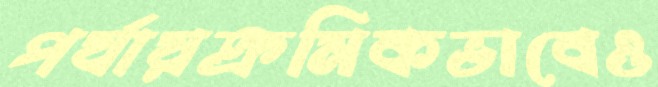
পর্যায়ক্রমিকভাবেও